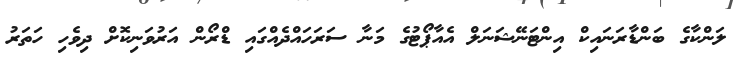
ލަންކާގެ ބަންޑާރަނައިކް އިންޓަނޭޝަނަލް އެއާޕޯޓުގެ މަނާ ސަރަހައްދެއްގައި ޑްރޯން އަރުވަނިކޮށް ދިވެހި ހަތަރު